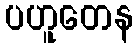
ပဟူတေန